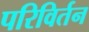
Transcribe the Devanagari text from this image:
परिविर्तन